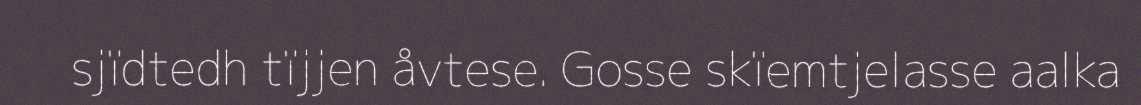
sjïdtedh tïjjen åvtese. Gosse skïemtjelasse aalka